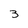
Character: 3